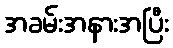
အခမ်းအနားအပြီး